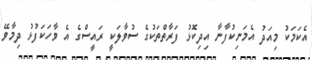
އެކަމަކު މިއަދު އެމަނިކުފާނާ އިދިކޮޅު ފަރާތްތަކުގެ ސުވާލަކީ ރައީސްގެ އެ ވާހަކަފުޅު ދިމާވޭ